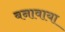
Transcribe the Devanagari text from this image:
बनावाया